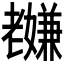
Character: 𫅸